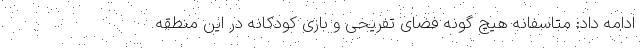
ادامه داد: متاسفانه هیچ گونه فضای تفریحی و بازی کودکانه در این منطقه